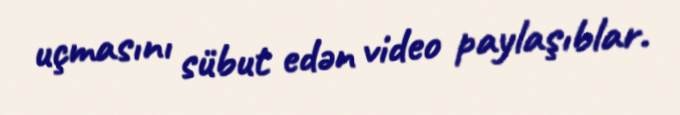
uçmasını sübut edən video paylaşıblar.